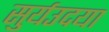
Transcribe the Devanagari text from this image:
सुर्यउदया